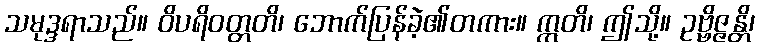
သမုဒ္ဒရာသည်။ ဝိပရိဝတ္တတိ၊ ဘောက်ပြန်ခဲ့၏တကား။ ဣတိ၊ ဤသို့။ ဥဗ္ဗိဇ္ဇန္တိ၊